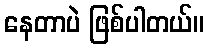
နေတာပဲ ဖြစ်ပါတယ်။